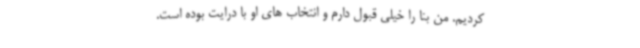
کردیم. من بنا را خیلی قبول دارم و انتخاب های او با درایت بوده است.